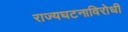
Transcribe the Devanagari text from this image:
राज्यघटनाविरोधी